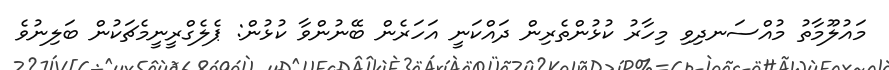
މައުލޫމާތު މުއްސަނދިވި މިހާރު ކުޅުންތެރިން ދައްކަނީ އަހަރެން ބޭނުންވާ ކުޅުން: ޕެލެގްރީނީމެޗަކުން ބަލިނުވެ